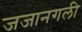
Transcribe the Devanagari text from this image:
जजानगली